Madras plague regulations and rules - Volume 2
Disease focus: Plague
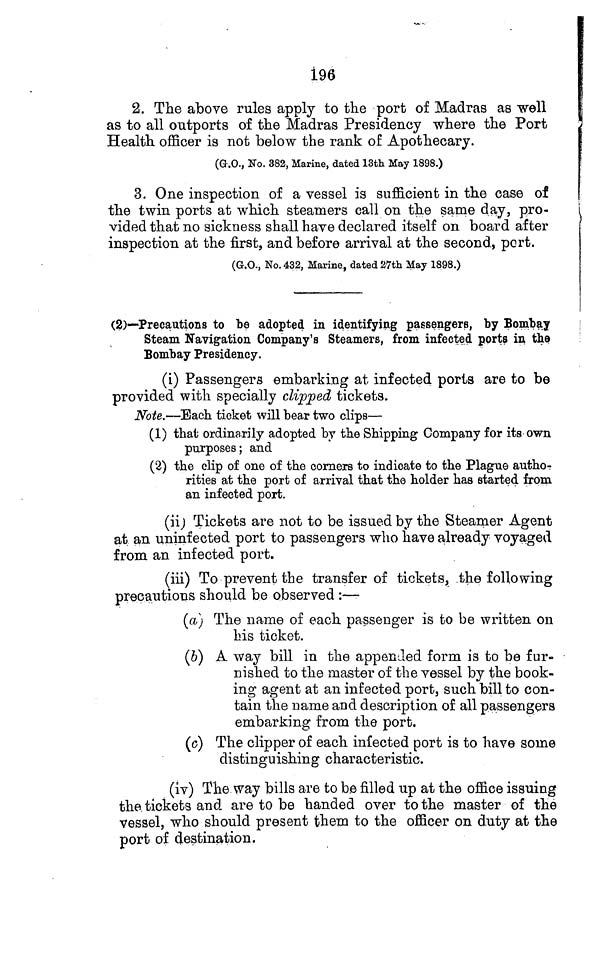
196
2. The above rules apply to the port of Madras as well
as to all outports of the Madras Presidency where the Port
Health officer is not below the rank of Apothecary.
(G.O., No. 382, Marine, dated 13th May 1898.)
3. One inspection of a vessel is sufficient in the case of
the twin ports at which steamers call on the same day, pro-
vided that no sickness shall have declared itself on board after
inspection at the first, and before arrival at the second, port.
(G.O., No. 432, Marine, dated 27th May 1898.)
(2)—Precautions to be adopted in identifying passengers, by Bombay
Steam Navigation Company's Steamers, from infected ports in the
Bombay Presidency.
(i) Passengers embarking at infected ports are to be
provided with specially clipped tickets.
Note.—Bach ticket will bear two clips—
(1) that ordinarily adopted by the Shipping Company for its own
purposes; and
(2) the clip of one of the corners to indicate to the Plague author
rities at the port of arrival that the holder has started from
an infected port.
(ii) Tickets are not to be issued by the Steamer Agent
at an uninfected port to passengers who have already voyaged
from an infected port.
(iii) To prevent the transfer of tickets, the following
precautions should be observed :—
(a) The name of each passenger is to be written on
his ticket.
(b) A way bill in the appended form is to be fur-
nished to the master of the vessel by the book-
ing agent at an infected port, such bill to con-
tain the name and description of all passengers
embarking from the port.
(c) The clipper of each infected port is to have some
distinguishing characteristic.
(iv) The way bills are to be filled up at the office issuing
the. tickets and are to be handed over to the master of the
vessel, who should present them to the officer on duty at the
port of destination.